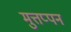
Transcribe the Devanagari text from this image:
मुत्तप्पन